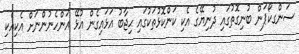
ސަންގކޯޕަން ބުނިގޮތުގައި ދުނިޔޭގެ އެކި ކަންކޮޅުތަކުގައި ޙިޖާބު އަޅައިގެން އުޅޭ އަންހެނުންނަށް އެކިއެކި